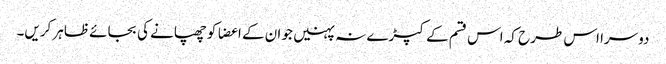
دوسرا اس طرح کہ اس قسم کے کپڑے نہ پہنیں جو ان کے اعضا کو چھپانے کی بجائے ظاہر کریں۔